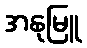
အနုမြူ